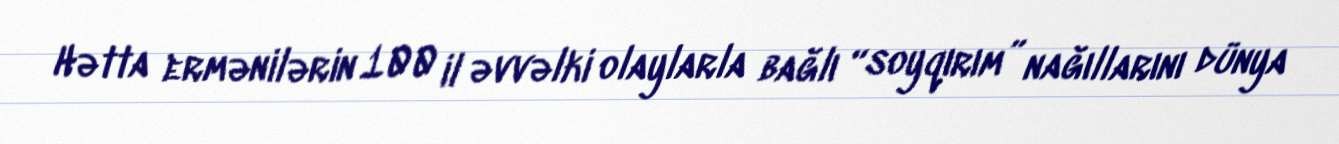
Hətta ermənilərin 100 il əvvəlki olaylarla bağlı “soyqırım” nağıllarını dünya